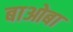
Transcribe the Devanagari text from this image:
बाओबा